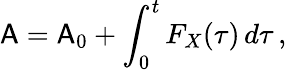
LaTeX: \mathsf{A}=\mathsf{A}_{0}+\int_{0}^{t}F_{X}(\tau)\, d\tau\, ,